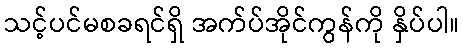
သင့်ပင်မစခရင်ရှိ အက်ပ်အိုင်ကွန်ကို နှိပ်ပါ။